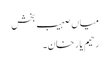
میاں صہیب بخش
رحیم یار خان۔